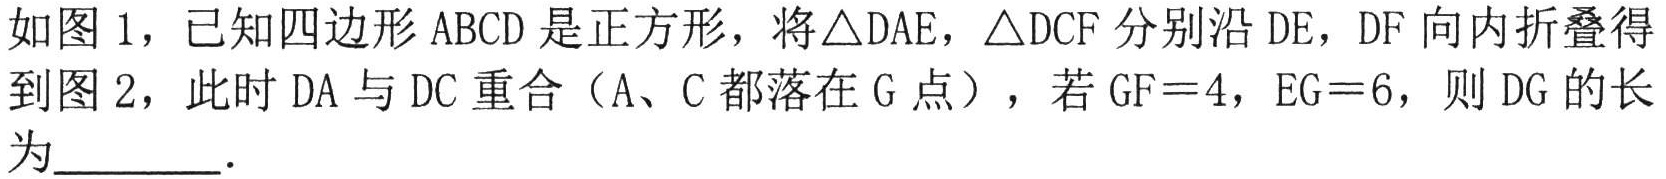
如图 1，已知四边形 ABCD 是正方形，将\(\triangle DAE\)，\(\triangle DCF\)分别沿 DE，DF 向内折叠得到图 2，此时 DA 与 DC 重合（A、C 都落在 G 点），若\(GF = 4\)，\(EG = 6\)，则 DG 的长为________．